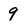
Character: 9